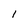
Character: l